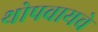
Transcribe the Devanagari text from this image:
थोपवायचे